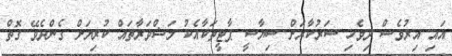
އައި އިރުވެސް ދިވެހި ސަރުކާރަށް ސިޔާސީ ޕާޓީތަކާއެކު މަޝްވަރާތައް ކުރިޔަށް ގެންދެވޭ ގޮތް